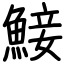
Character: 鯜